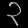
Digit: ၃